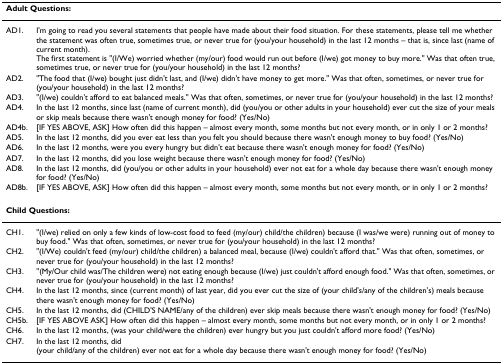
<table><thead><tr><td colspan="2"><b>Adult Questions:</b></td></tr></thead><tbody><tr><td>AD1.</td><td>I&#x27;m going to read you several statements that people have made about their food situation. For these statements, please tell me whether the statement was often true, sometimes true, or never true for (you/your household) in the last 12 months – that is, since last (name of current month).The first statement is &quot;(I/We) worried whether (my/our) food would run out before (I/we) got money to buy more.&quot; Was that often true, sometimes true, or never true for (you/your household) in the last 12 months?</td></tr><tr><td>AD2.</td><td>&quot;The food that (I/we) bought just didn&#x27;t last, and (I/we) didn&#x27;t have money to get more.&quot; Was that often, sometimes, or never true for (you/your household) in the last 12 months?</td></tr><tr><td>AD3.</td><td>&quot;(I/we) couldn&#x27;t afford to eat balanced meals.&quot; Was that often, sometimes, or never true for (you/your household) in the last 12 months?</td></tr><tr><td>AD4.</td><td>In the last 12 months, since last (name of current month), did (you/you or other adults in your household) ever cut the size of your meals or skip meals because there wasn&#x27;t enough money for food? (Yes/No)</td></tr><tr><td>AD4b.</td><td>[IF YES ABOVE, ASK] How often did this happen – almost every month, some months but not every month, or in only 1 or 2 months?</td></tr><tr><td>AD5.</td><td>In the last 12 months, did you ever eat less than you felt you should because there wasn&#x27;t enough money to buy food? (Yes/No)</td></tr><tr><td>AD6.</td><td>In the last 12 months, were you every hungry but didn&#x27;t eat because there wasn&#x27;t enough money for food? (Yes/No)</td></tr><tr><td>AD7.</td><td>In the last 12 months, did you lose weight because there wasn&#x27;t enough money for food? (Yes/No)</td></tr><tr><td>AD8.</td><td>In the last 12 months, did (you/you or other adults in your household) ever not eat for a whole day because there wasn&#x27;t enough money for food? (Yes/No)</td></tr><tr><td>AD8b.</td><td>[IF YES ABOVE, ASK] How often did this happen – almost every month, some months but not every month, or in only 1 or 2 months?</td></tr><tr><td colspan="2"><b>Child Questions:</b></td></tr><tr><td>CH1.</td><td>&quot;(I/we) relied on only a few kinds of low-cost food to feed (my/our) child/the children) because (I was/we were) running out of money to buy food.&quot; Was that often, sometimes, or never true for (you/your household) in the last 12 months?</td></tr><tr><td>CH2.</td><td>&quot;(I/We) couldn&#x27;t feed (my/our) child/the children) a balanced meal, because (I/we) couldn&#x27;t afford that.&quot; Was that often, sometimes, or never true for (you/your household) in the last 12 months?</td></tr><tr><td>CH3.</td><td>&quot;(My/Our child was/The children were) not eating enough because (I/we) just couldn&#x27;t afford enough food.&quot; Was that often, sometimes, or never true for (you/your household) in the last 12 months?</td></tr><tr><td>CH4.</td><td>In the last 12 months, since (current month) of last year, did you ever cut the size of (your child&#x27;s/any of the children&#x27;s) meals because there wasn&#x27;t enough money for food? (Yes/No)</td></tr><tr><td>CH5.</td><td>In the last 12 months, did (CHILD&#x27;S NAME/any of the children) ever skip meals because there wasn&#x27;t enough money for food? (Yes/No)</td></tr><tr><td>CH5b.</td><td>[IF YES ABOVE ASK] How often did this happen – almost every month, some months but not every month, or in only 1 or 2 months?</td></tr><tr><td>CH6.</td><td>In the last 12 months, (was your child/were the children) ever hungry but you just couldn&#x27;t afford more food? (Yes/No)</td></tr><tr><td>CH7.</td><td>In the last 12 months, did (your child/any of the children) ever not eat for a whole day because there wasn&#x27;t enough money for food? (Yes/No)</td></tr></tbody></table>